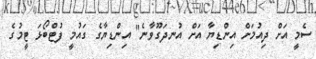
ސެމީ އަށް ދިއުމަށް އިންޑިޔާ އަށް އުނދަގޫވާނެ" އިންޑިޔާގެ ގައުމީ ފުޓްބޯޅަ ޓީމުގެ